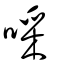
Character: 啋